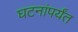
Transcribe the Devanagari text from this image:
घटनांपर्यंत